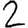
Digit: 2